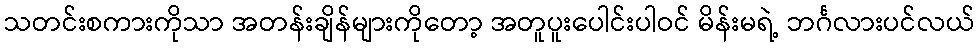
သတင်းစကားကိုသာ အတန်းချိန်များကိုတော့ အတူပူးပေါင်းပါဝင် မိန်းမရဲ့ ဘင်္ဂလားပင်လယ်